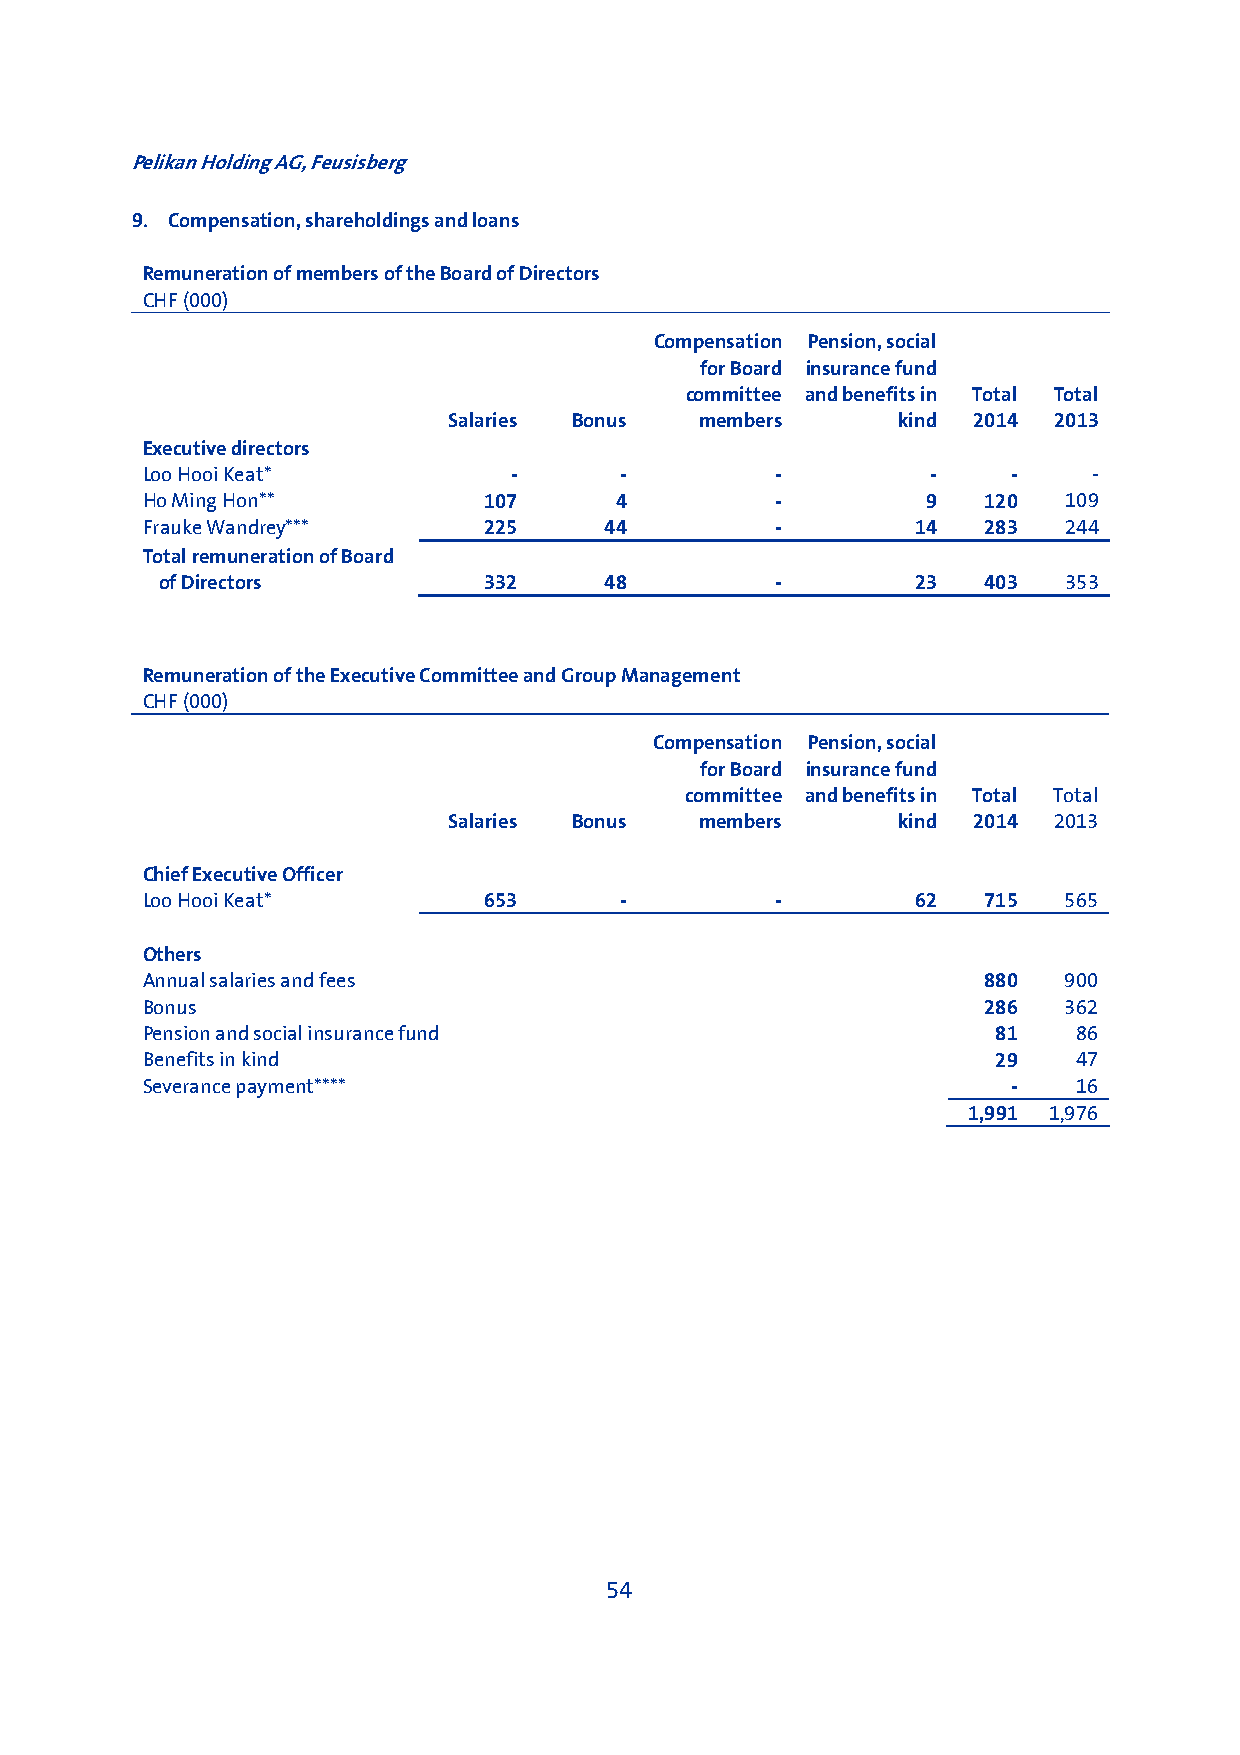
Pelikan Holding AG, Feusisberg
 9. Compensation, shareholdings and loans
 Remuneration of members of the Board of Directors
 CHF (000)
 Compensation Pension, social
 for Board insurance fund
 committee and benefits in Total Total
 Salaries Bonus  members      kind 2014  2013
 Executive directors
 Loo Hooi Keat*           -      -         -          -    -    -
 Ho Ming Hon**          107      4         -         9   120  109
 Frauke Wandrey***      225     44         -         14  283  244
 Total remuneration of Board
 of Directors         332     48         -         23  403  353
 Remuneration of the Executive Committee and Group Management
 CHF (000)
 Compensation Pension, social
 for Board insurance fund
 committee and benefits in Total Total
 Salaries Bonus  members      kind 2014  2013
 Chief Executive Officer
 Loo Hooi Keat*         653      -         -         62  715  565
 Others
 Annual salaries and fees                                880  900
 Bonus                                                   286  362
 Pension and social insurance fund                        81   86
 Benefits in kind                                         29   47
 Severance payment****                                     -   16
 1,991 1,976
 54